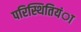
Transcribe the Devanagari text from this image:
परिस्थितियंा